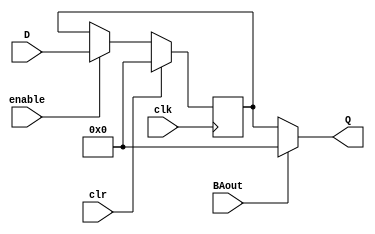
module regR0(BAout, clr, clk, enable, D, Q);
	input wire BAout, clr, clk, enable;
	input wire [31:0] D;
	output wire [31:0] Q;

	//At positive clock edge begin
	reg [31:0] regout;
	
	always @(posedge clk) begin
		if (clr) //If clr is high set to 0
			regout <= 0;
		else if (enable) //If enable is high, read value from bus to Q
            regout <= D;
	end
    
	assign Q = BAout ? 32'b0 : regout;

endmodule